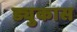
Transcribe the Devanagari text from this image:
ड्युकास